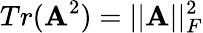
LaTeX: {Tr(\boldsymbol{\textbf{A}}^{2})}=||\boldsymbol{\textbf{A}}||_{F}^{2}